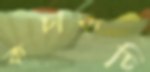
কচাকচি